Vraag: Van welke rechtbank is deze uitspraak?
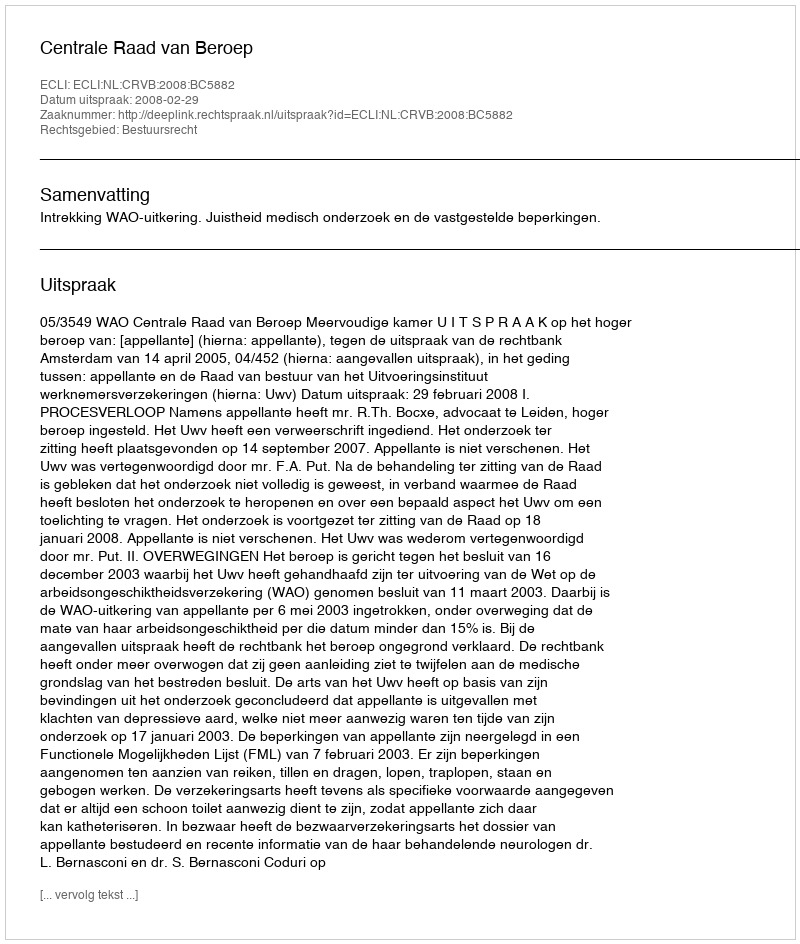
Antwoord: Centrale Raad van Beroep